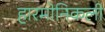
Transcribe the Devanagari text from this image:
हारमोनिकली